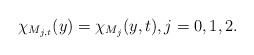
LaTeX: \begin{align*} \chi_{M_{j,t}}(y) = \chi_{M_j}(y,t), j=0,1,2.\end{align*}